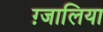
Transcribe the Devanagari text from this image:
ग़्जालिया